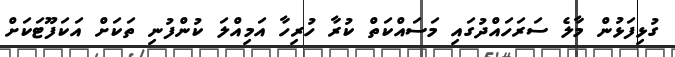
ގުޅިފަޅުން މާލެ ސަރަހައްދުގައި މަސައްކަތް ކުރާ ހުރިހާ އަމިއްލަ ކުންފުނި ތަކަށް އަކަފޫޓަކަށް